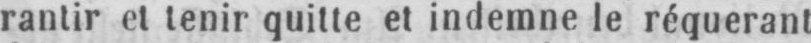
rantir et tenir quitte et indemne le réquerant